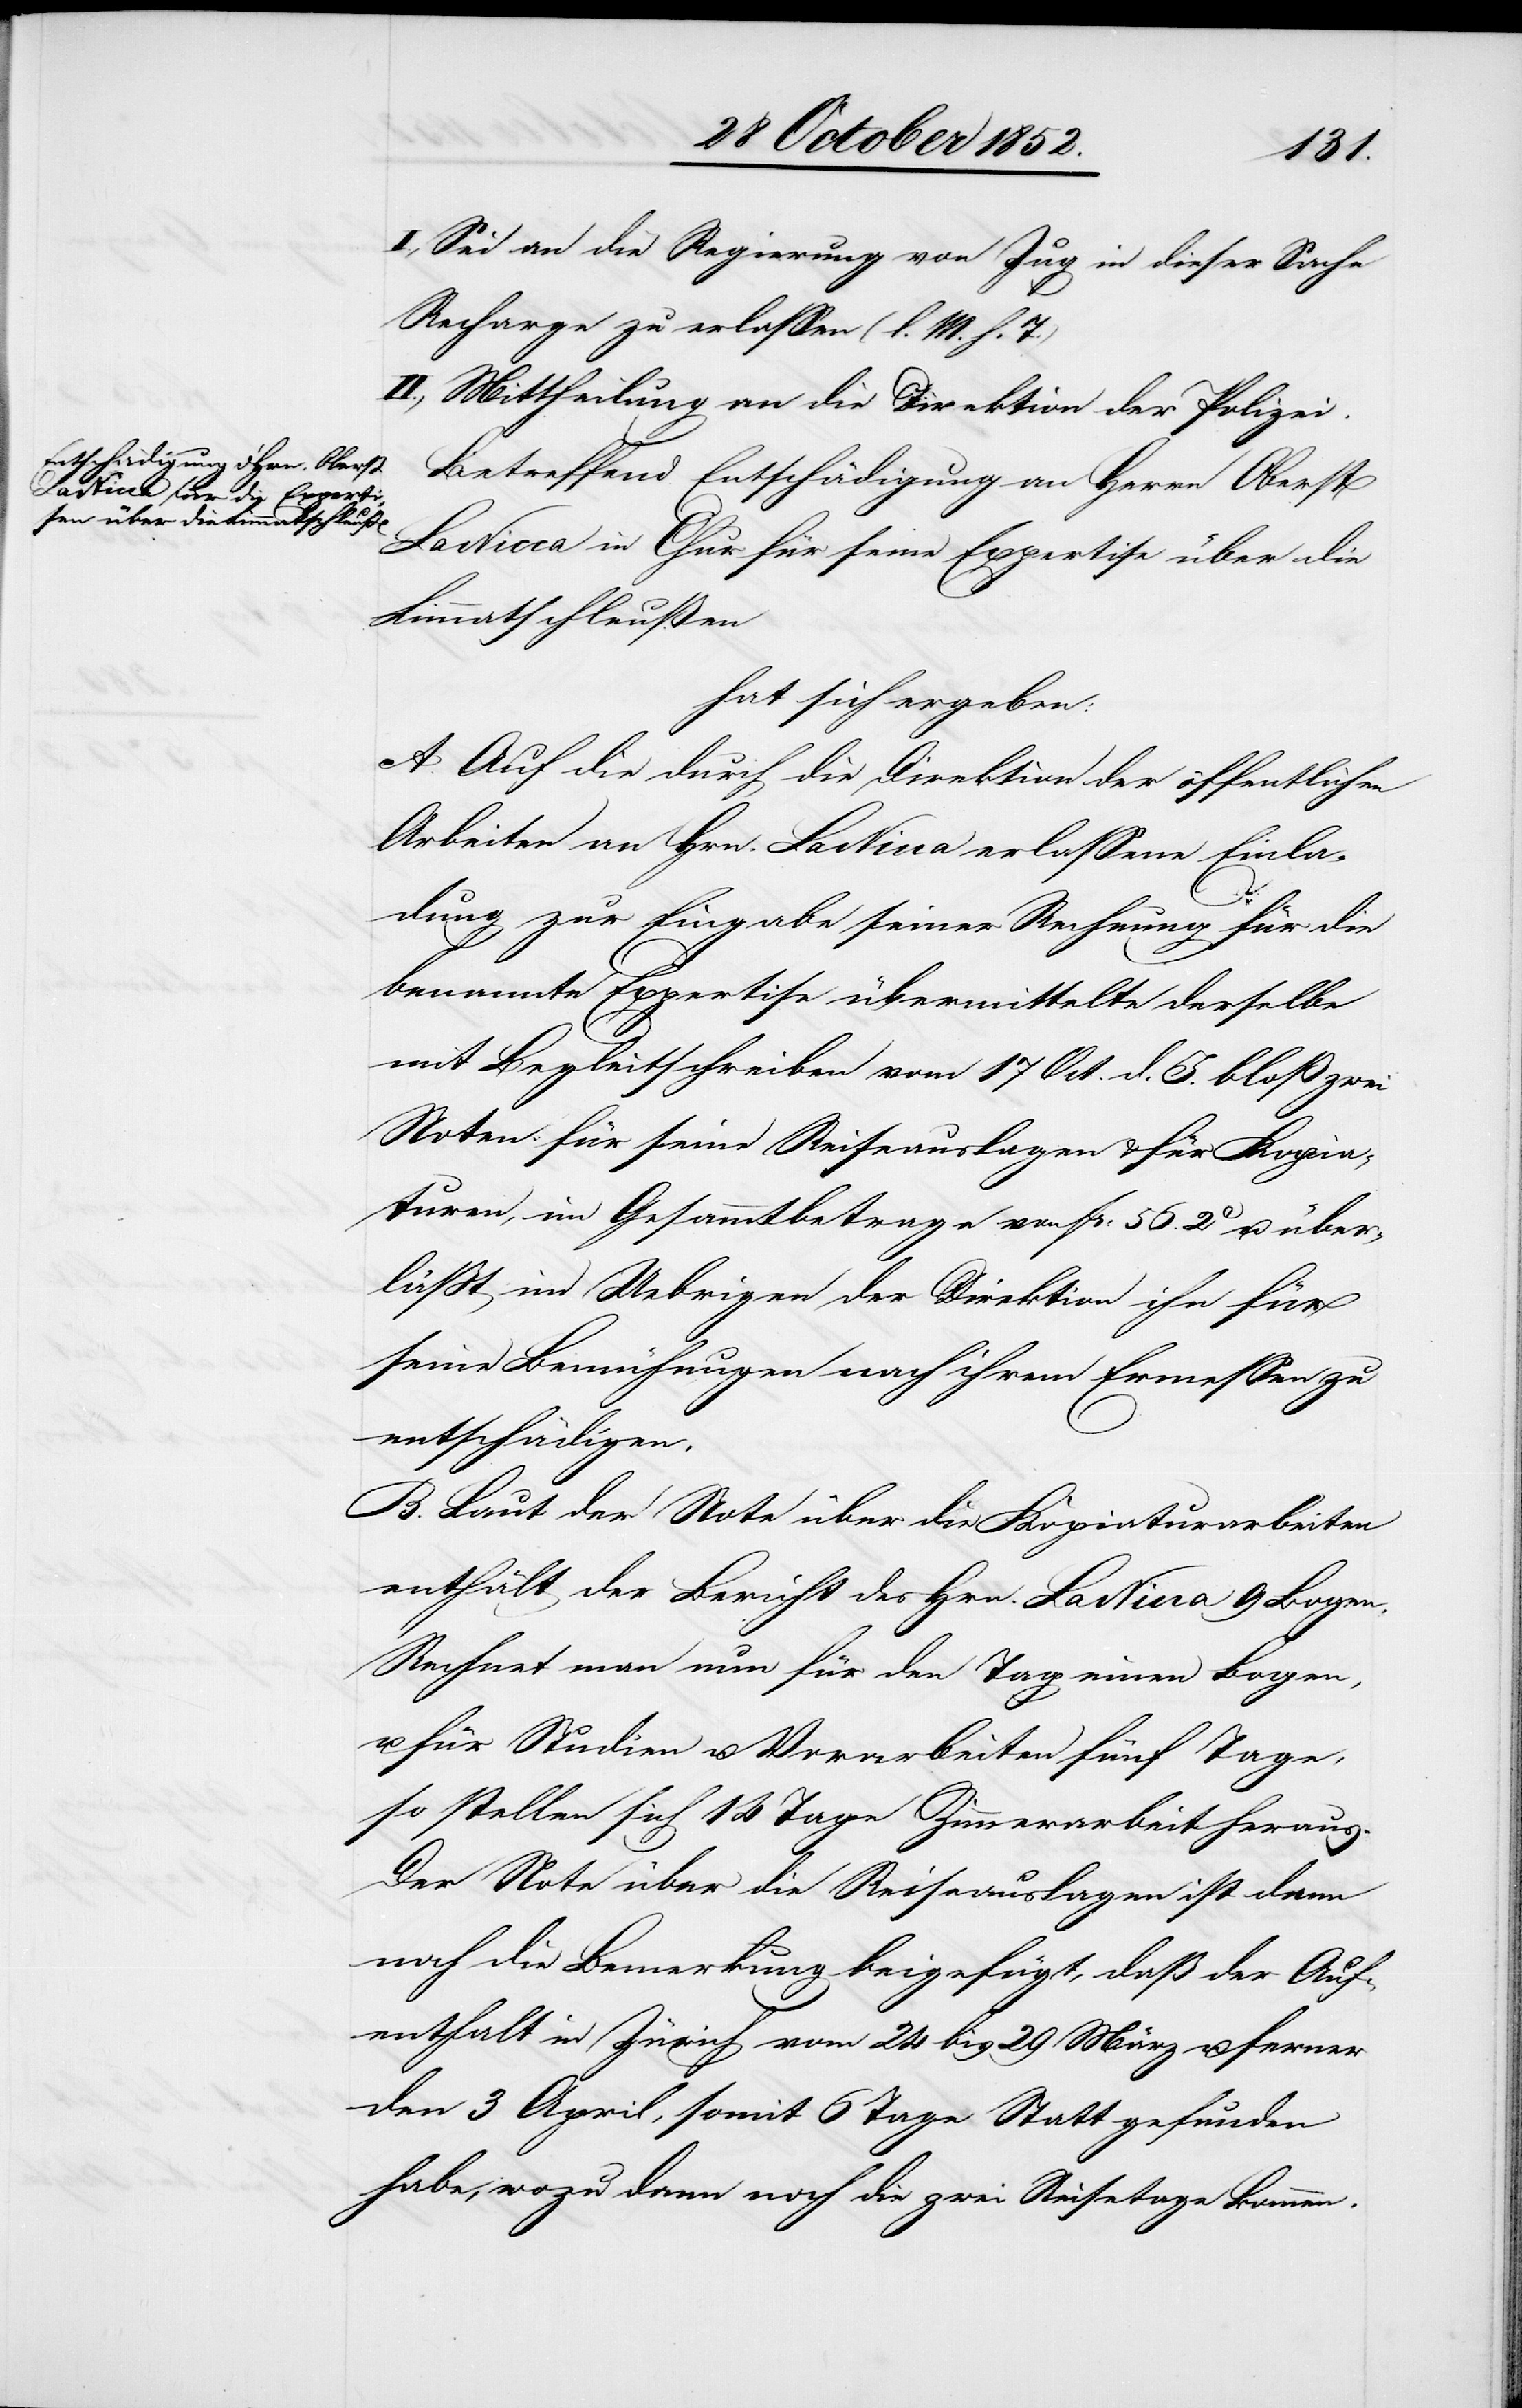
I., Sei an die Regierung von Zug in dieser Sache
Recharge zu erlassen (l. M. h. T.)
II., Mittheilung an die Direktion der Polizei.
Betreffend Entschädigung an Herrn Oberst
La Nicca in Chur für seine Expertise über die
Limmatschleußen
hat sich ergeben:
A. Auf die durch die Direktion der öffentlichen
Arbeiten von Hrn. La Nicca erlassene Einla¬
dung zur Eingabe seiner Rechnung für die
benannte Expertise übermittelte derselbe
mit Begleitschreiben vom 17 Oct. d. J. bloß zwei
Noten für seine Reiseauslagen & für Kopia¬
turen, im Gesammtbetrage von Fr: 56. 2C u. über¬
läßt im Uebrigen der Direktion ihn für
seine Bemühungen nach ihrem Ermessen zu
entschädigen.
B. Laut der Note über die Kopiaturarbeiten
enthält der Bericht des Hrn. La Nicca 9 Bogen.
Rechnet man nun für den Tag einen Bogen,
u. für Studien u. Vorarbeiten fünf Tage,
so stellen sich 14 Tage Zimmerarbeit heraus.
Der Note über die Reiseauslagen ist dann
noch die Bemerkung beigefügt, daß der Auf¬
enthalt in Zürich vom 24 bis 29 März u. ferner
den 3 April, somit 6 Tage Statt gefunden
habe, wozu dann noch die zwei Reisetage kommen.